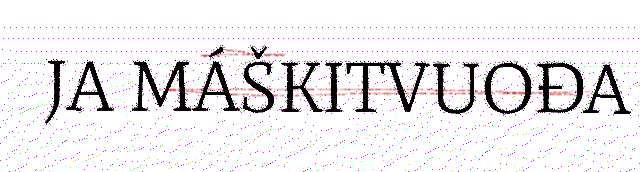
JA MÁŠKITVUOĐA